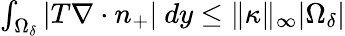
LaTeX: \begin{array}{r}{\int_{\Omega_{\delta}}|T\nabla\cdot n_{+}|\ dy\leq\| \kappa\| {_\infty}|\Omega_{\delta}|}\end{array}